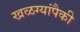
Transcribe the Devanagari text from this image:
खळग्यांपैकी